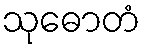
သုဓောတံ